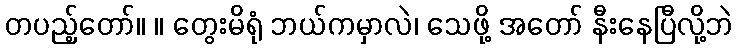
တပည့်တော်။ ။ တွေးမိရုံ ဘယ်ကမှာလဲ၊ သေဖို့ အတော် နီးနေပြီလို့ဘဲ